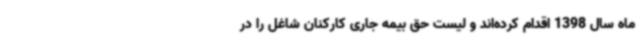
ماه سال 1398 اقدام کرده‌اند و لیست حق بیمه جاری کارکنان شاغل را در